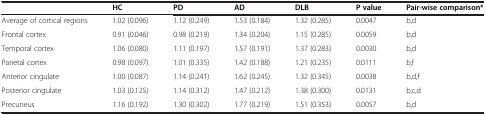
<table><thead><tr><td><b> </b></td><td><b>HC</b></td><td><b>PD</b></td><td><b>AD</b></td><td><b>DLB</b></td><td><b>P value</b></td><td><b>Pair-wise comparison*</b></td></tr></thead><tbody><tr><td>Average of cortical regions</td><td>1.02 (0.096)</td><td>1.12 (0.249)</td><td>1.53 (0.184)</td><td>1.32 (0.285)</td><td>0.0047</td><td>b,d</td></tr><tr><td>Frontal cortex</td><td>0.91 (0.046)</td><td>0.98 (0.219)</td><td>1.34 (0.204)</td><td>1.15 (0.285)</td><td>0.0059</td><td>b,d</td></tr><tr><td>Temporal cortex</td><td>1.06 (0.080)</td><td>1.11 (0.197)</td><td>1.57 (0.191)</td><td>1.37 (0.283)</td><td>0.0030</td><td>b,d</td></tr><tr><td>Parietal cortex</td><td>0.98 (0.097)</td><td>1.01 (0.335)</td><td>1.42 (0.188)</td><td>1.21 (0.235)</td><td>0.0111</td><td>b,f</td></tr><tr><td>Anterior cingulate</td><td>1.00 (0.087)</td><td>1.14 (0.241)</td><td>1.62 (0.245)</td><td>1.32 (0.345)</td><td>0.0038</td><td>b,d,f</td></tr><tr><td>Posterior cingulate</td><td>1.03 (0.125)</td><td>1.14 (0.312)</td><td>1.47 (0.212)</td><td>1.38 (0.300)</td><td>0.0131</td><td>b,c,d</td></tr><tr><td>Precuneus</td><td>1.16 (0.192)</td><td>1.30 (0.302)</td><td>1.77 (0.219)</td><td>1.51 (0.353)</td><td>0.0057</td><td>b,d</td></tr></tbody></table>